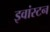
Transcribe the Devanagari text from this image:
इवांस्टन